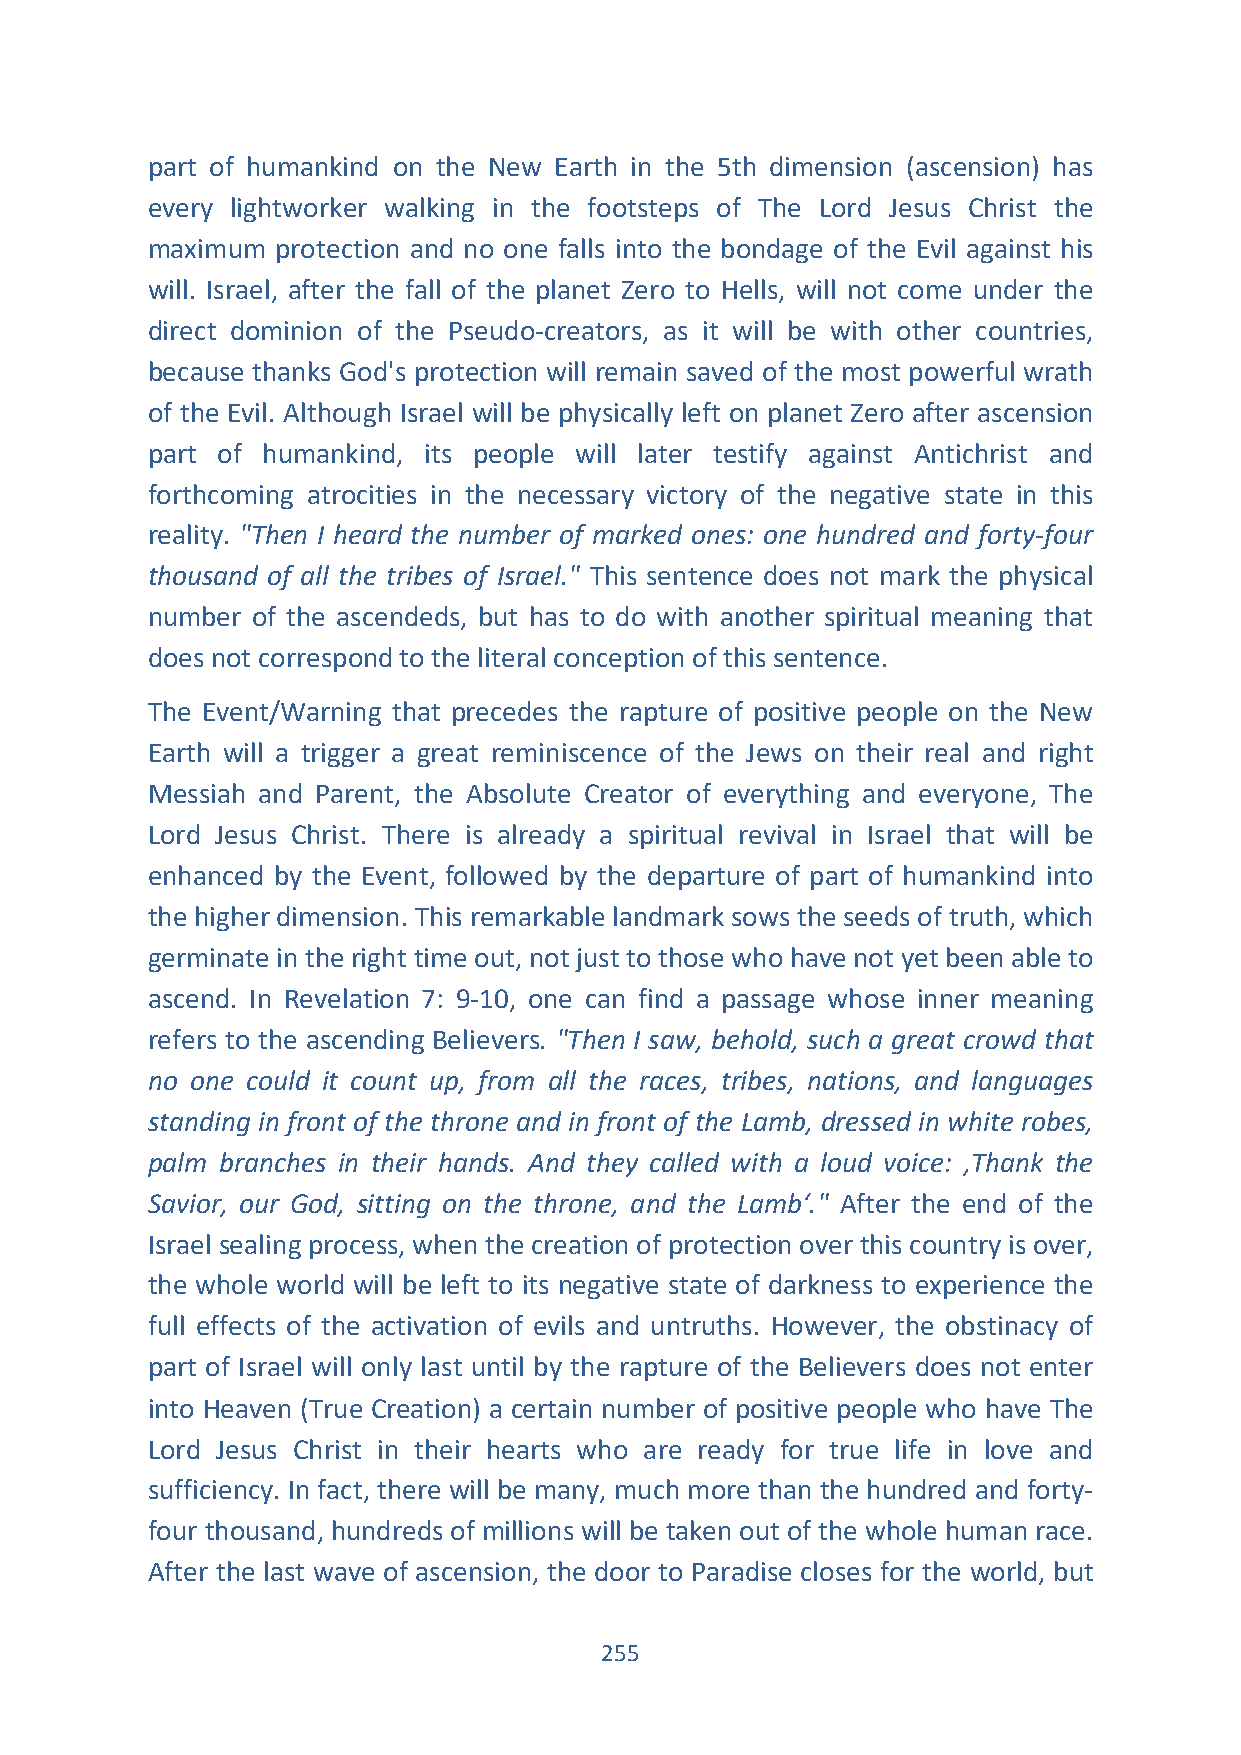
part of humankind on the New Earth in the 5th dimension (ascension) has
 every lightworker walking in the footsteps of The Lord Jesus Christ the
 maximum protection and no one falls into the bondage of the Evil against his
 will. Israel, after the fall of the planet Zero to Hells, will not come under the
 direct dominion of the Pseudo-creators, as it will be with other countries,
 because thanks God's protection will remain saved of the most powerful wrath
 of the Evil. Although Israel will be physically left on planet Zero after ascension
 part of humankind, its people will later testify against Antichrist and
 forthcoming atrocities in the necessary victory of the negative state in this
 reality. "Then I heard the number of marked ones: one hundred and forty-four
 thousand of all the tribes of Israel." This sentence does not mark the physical
 number of the ascendeds, but has to do with another spiritual meaning that
 does not correspond to the literal conception of this sentence.
 The Event/Warning that precedes the rapture of positive people on the New
 Earth will a trigger a great reminiscence of the Jews on their real and right
 Messiah and Parent, the Absolute Creator of everything and everyone, The
 Lord Jesus Christ. There is already a spiritual revival in Israel that will be
 enhanced by the Event, followed by the departure of part of humankind into
 the higher dimension. This remarkable landmark sows the seeds of truth, which
 germinate in the right time out, not just to those who have not yet been able to
 ascend. In Revelation 7: 9-10, one can find a passage whose inner meaning
 refers to the ascending Believers. "Then I saw, behold, such a great crowd that
 no one could it count up, from all the races, tribes, nations, and languages
 standing in front of the throne and in front of the Lamb, dressed in white robes,
 palm branches in their hands. And they called with a loud voice: ,Thank the
 Savior, our God, sitting on the throne, and the Lamb‘." After the end of the
 Israel sealing process, when the creation of protection over this country is over,
 the whole world will be left to its negative state of darkness to experience the
 full effects of the activation of evils and untruths. However, the obstinacy of
 part of Israel will only last until by the rapture of the Believers does not enter
 into Heaven (True Creation) a certain number of positive people who have The
 Lord Jesus Christ in their hearts who are ready for true life in love and
 sufficiency. In fact, there will be many, much more than the hundred and forty-
 four thousand, hundreds of millions will be taken out of the whole human race.
 After the last wave of ascension, the door to Paradise closes for the world, but
 255